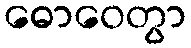
ဓောဝေတွာ